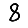
Digit: 8